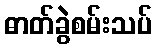
ဓာတ်ခွဲစမ်းသပ်